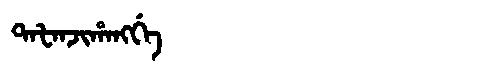
Manchu: ᡨᠠᡶᠠᠨᠵᡳᡥᠠᠩᡤᡝ
Romanization: TAFANJIHANGGE